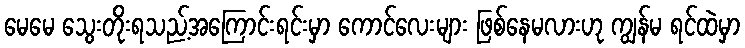
မေမေ သွေးတိုးရသည့်အကြောင်းရင်းမှာ ကောင်လေးများ ဖြစ်နေမလားဟု ကျွန်မ ရင်ထဲမှာ